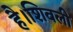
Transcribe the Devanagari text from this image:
है।शिवली